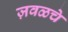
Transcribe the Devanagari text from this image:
ज़वळचे